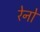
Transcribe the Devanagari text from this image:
रेनों